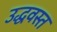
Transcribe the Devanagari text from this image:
उद्धवस्त